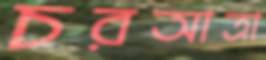
চরআত্রা